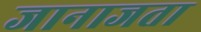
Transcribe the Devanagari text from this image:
जानाजता